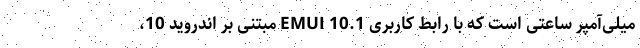
میلی‌آمپر ساعتی است که با رابط کاربری EMUI 10.1 مبتنی بر اندروید 10،